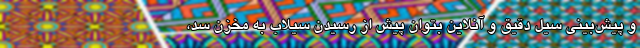
و پیش‌بینی سیل دقیق و آنلاین بتوان پیش از رسیدن سیلاب به مخزن سد،